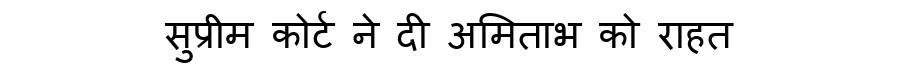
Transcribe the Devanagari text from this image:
सुप्रीम कोर्ट ने दी अमिताभ को राहत